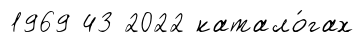
1969 43 2022 катало́гах